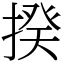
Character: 揆